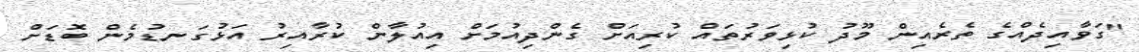
"ގަވާއިދެއްގެ ތެރެއިން މޫދު ކުޅިވަރުތައް ކުރިއަށް ގެންދިއުމަށް އިއުލާން ކުރާއިރު އަޅުގަނޑުމެން ބޮޑަށް